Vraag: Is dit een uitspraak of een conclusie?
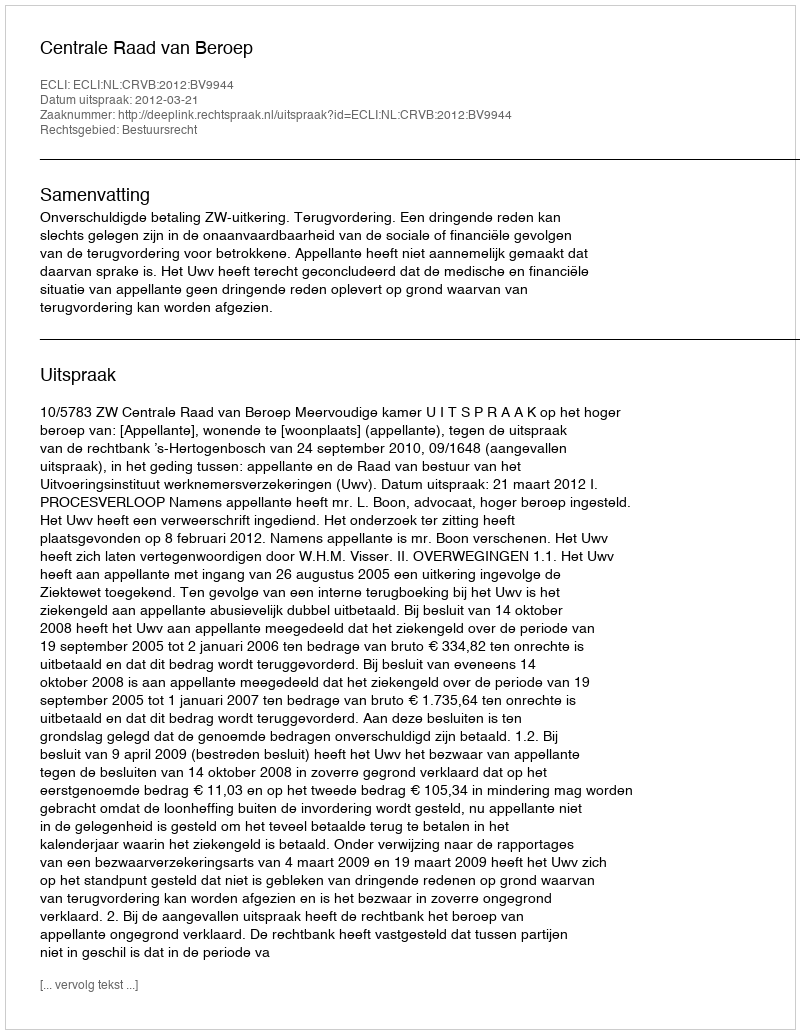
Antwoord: Uitspraak